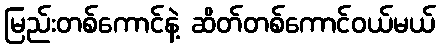
မြည်းတစ်ကောင်နဲ့ ဆိတ်တစ်ကောင်ဝယ်မယ်